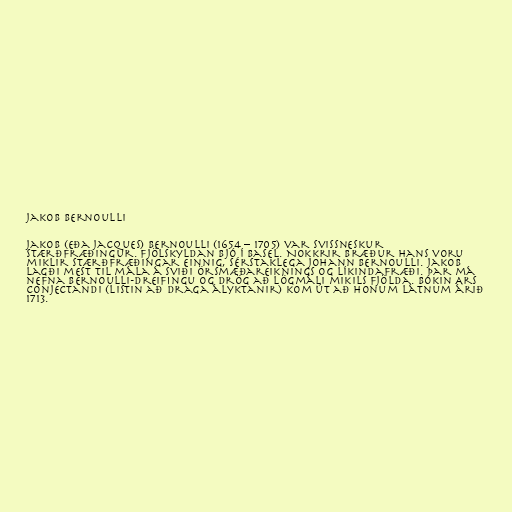
Jakob Bernoulli

Jakob (eða Jacques) Bernoulli (1654 – 1705) var svissneskur
stærðfræðingur. Fjölskyldan bjó í Basel. Nokkrir bræður hans voru
miklir stærðfræðingar einnig, sérstaklega Johann Bernoulli. Jakob
lagði mest til mála á sviði örsmæðareiknings og líkindafræði. Þar má
nefna Bernoulli-dreifingu og drög að Lögmáli mikils fjölda. Bókin Ars
conjectandi (Listin að draga ályktanir) kom út að honum látnum árið
1713.